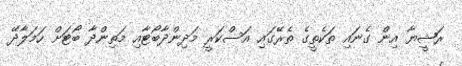
ރަޝީޔާ އިން ގެނައި ތަކެތީގެ ތެރޭގައި އަސްކަރީ މަދިންދާބޯޓާއި މަތިންދާ ބޯޓަށް ހަމަލާދޭ